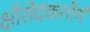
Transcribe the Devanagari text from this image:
क्षीरोदकतीर्थ